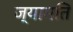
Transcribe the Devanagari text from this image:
ज्यामति